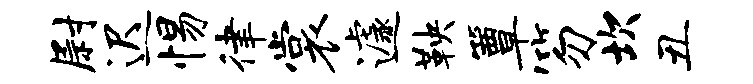
尉迟惕律裳遽鞅簟笏坎丑